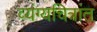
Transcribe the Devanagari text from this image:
व्यंग्यचित्रांत